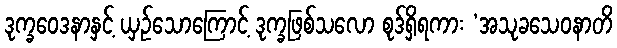
ဒုက္ခဝေဒနာနှင့် ယှဉ်သောကြောင့် ဒုက္ခဖြစ်သလော စုဒ်ရှိရကား ‘အသုခသေဝနာတိ